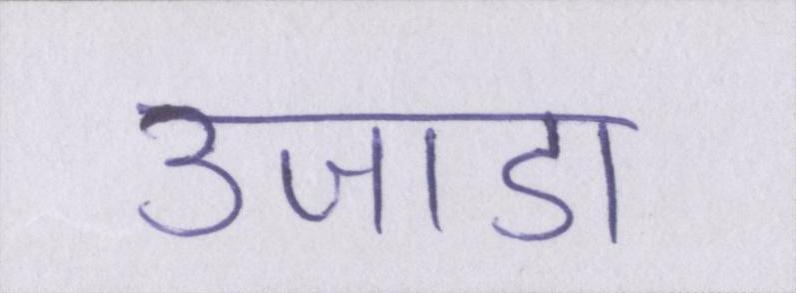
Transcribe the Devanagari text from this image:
उजाडा